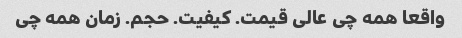
واقعا همه چی عالی قیمت. کیفیت. حجم. زمان همه چی